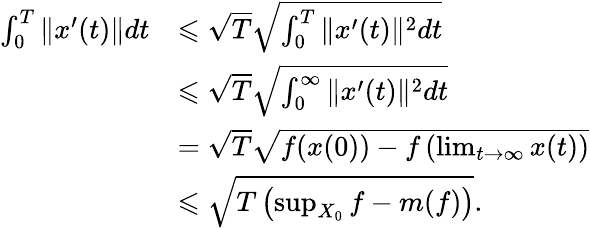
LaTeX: \begin{array}{rl}{\int_{0}^{T}\| x^{\prime}(t)\| dt}&{\leqslant\sqrt{T}\sqrt{\int_{0}^{T}\| x^{\prime}(t)\| ^{2}dt}}\\ &{\leqslant\sqrt{T}\sqrt{\int_{0}^{\infty}\| x^{\prime}(t)\| ^{2}dt}}\\ &{=\sqrt{T}\sqrt{f(x(0))-f\left(\operatorname*{lim}_{t\rightarrow\infty}x(t)\right)}}\\ &{\leqslant\sqrt{T\left(\operatorname*{sup}_{X_{0}}f-m(f)\right)}.}\end{array}